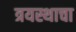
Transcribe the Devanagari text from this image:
त्रयस्थाचा